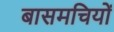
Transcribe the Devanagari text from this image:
बासमचियों